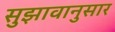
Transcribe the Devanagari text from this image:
सुझावानुसार